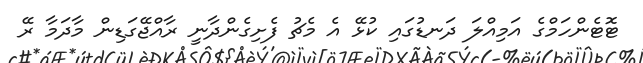
ޓޮޓެންހަމްގެ އަމިއްލަ ދަނޑުގައި ކުޅޭ އެ މެޗު ފެށިގެންދާނީ ރާއްޖޭގަޑިން މާދަމާ ރޭ